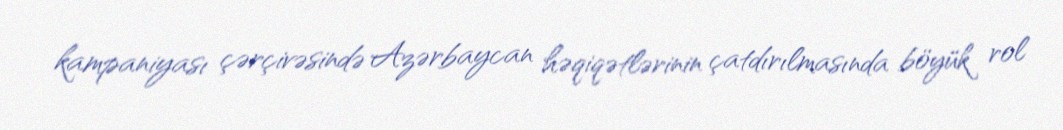
kampaniyası çərçivəsində Azərbaycan həqiqətlərinin çatdırılmasında böyük rol